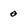
Character: 0